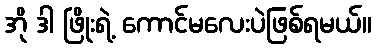
အို ဒါ ဖြိုးရဲ့ ကောင်မလေးပဲဖြစ်ရမယ်။